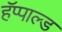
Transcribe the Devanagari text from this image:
हॅप्पाल्ड